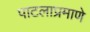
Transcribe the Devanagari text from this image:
पाटलाप्रमाणे